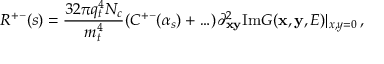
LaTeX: R ^ { + - } ( s ) = { \frac { 3 2 \pi q _ { t } ^ { 4 } N _ { c } } { m _ { t } ^ { 4 } } } ( C ^ { + - } ( \alpha _ { s } ) + \ldots ) \partial _ { \bf x \bf y } ^ { 2 } \mathrm { I m } G ( { \bf x } , { \bf y } , E ) | _ { x , y = 0 } \, ,